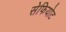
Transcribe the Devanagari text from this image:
सेफियोट